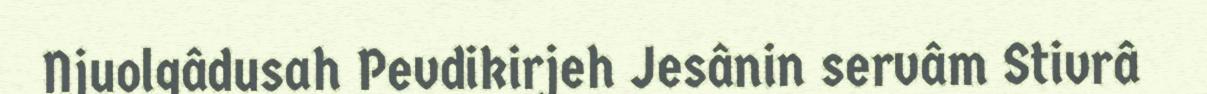
Njuolgâdusah Pevdikirjeh Jesânin servâm Stivrâ